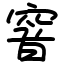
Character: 窨